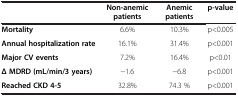
<table><thead><tr><td><b> </b></td><td><b>Non-anemic patients</b></td><td><b>Anemic patients</b></td><td><b>p-value</b></td></tr></thead><tbody><tr><td><b>Mortality</b></td><td>6.6%</td><td>10.3%</td><td>p&lt;0.005</td></tr><tr><td><b>Annual hospitalization rate</b></td><td>16.1%</td><td>31.4%</td><td>p&lt;0.001</td></tr><tr><td><b>Major CV events</b></td><td>7.2%</td><td>16.4%</td><td>p&lt;0.01</td></tr><tr><td><b>Δ MDRD (mL/min/3 years)</b></td><td>-1.6</td><td>-6.8</td><td>p&lt;0.001</td></tr><tr><td><b>Reached CKD 4-5</b></td><td>32.8%</td><td>74.3 %</td><td>p&lt;0.001</td></tr></tbody></table>